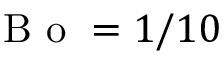
\mathrm { ~ B ~ o ~ } = 1 / 1 0